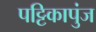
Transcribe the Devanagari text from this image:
पट्टिकापुंज